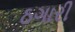
ઠગારી